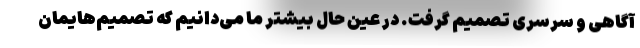
آگاهی و سرسری تصمیم گرفت. در عین حال بیشتر ما می‌دانیم که تصمیم‌هایمان